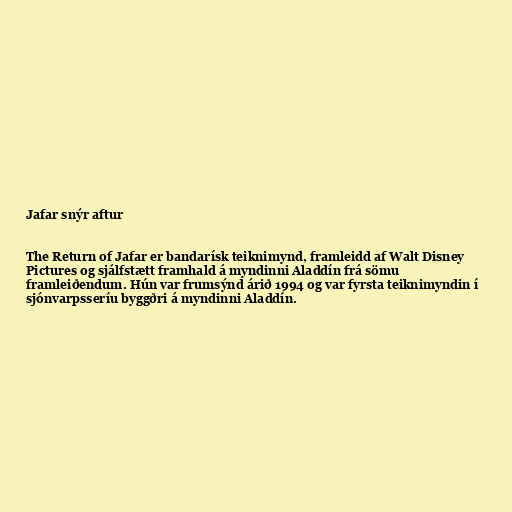
Jafar snýr aftur

The Return of Jafar er bandarísk teiknimynd, framleidd af Walt Disney
Pictures og sjálfstætt framhald á myndinni Aladdín frá sömu
framleiðendum. Hún var frumsýnd árið 1994 og var fyrsta teiknimyndin í
sjónvarpsseríu byggðri á myndinni Aladdín.